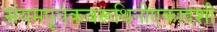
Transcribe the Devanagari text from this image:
संयमपूर्वकवरूथिनीएकादशी